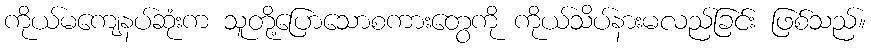
ကိုယ်မကျေနပ်ဆုံးက သူတို့ပြောသောစကားတွေကို ကိုယ်သိပ်နားမလည်ခြင်း ဖြစ်သည်။